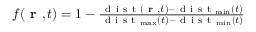
\begin{array} { r } { f ( \textbf { r } , t ) = 1 - \frac { \mathrm { ~ d ~ i ~ s ~ t ~ } ( \textbf { r } , t ) - \mathrm { ~ d ~ i ~ s ~ t ~ } _ { \operatorname* { m i n } } ( t ) } { \mathrm { ~ d ~ i ~ s ~ t ~ } _ { \operatorname* { m a x } } ( t ) - \mathrm { ~ d ~ i ~ s ~ t ~ } _ { \operatorname* { m i n } } ( t ) } } \end{array}